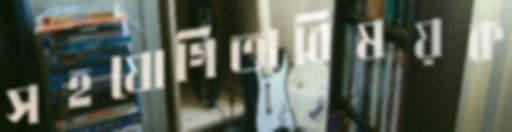
সহযোগিতাবিষয়ক